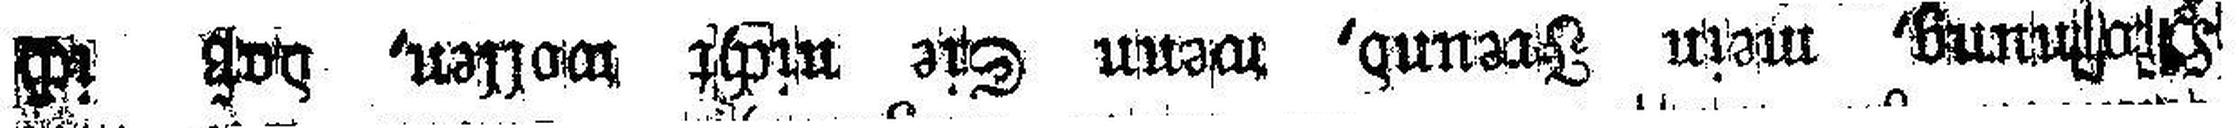
H###mung, mein Freund, wenn Sie nicht wollen, daß ich